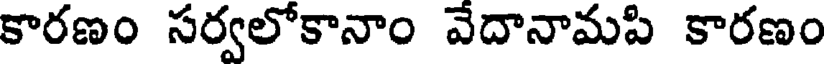
కారణం సర్వలోకానాం వేదానామపి కారణం